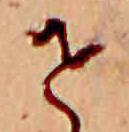
せ